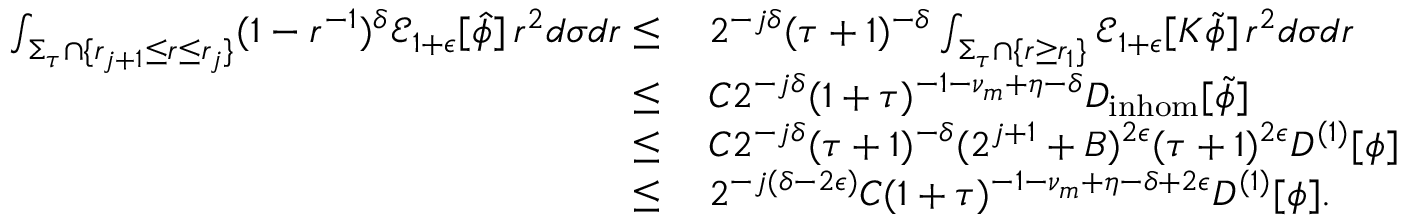
\begin{array} { r l } { \int _ { \Sigma _ { \tau } \cap \{ r _ { j + 1 } \leq r \leq r _ { j } \} } ( 1 - r ^ { - 1 } ) ^ { \delta } \mathcal { E } _ { 1 + \epsilon } [ \widehat { \phi } ] \, r ^ { 2 } d \sigma d r \leq } & { \: 2 ^ { - j \delta } ( \tau + 1 ) ^ { - \delta } \int _ { \Sigma _ { \tau } \cap \{ r \geq r _ { 1 } \} } \mathcal { E } _ { 1 + \epsilon } [ K \widetilde { \phi } ] \, r ^ { 2 } d \sigma d r } \\ { \leq } & { \: C 2 ^ { - j \delta } ( 1 + \tau ) ^ { - 1 - \nu _ { m } + \eta - \delta } D _ { \mathrm { i n h o m } } [ \widetilde { \phi } ] } \\ { \leq } & { \: C 2 ^ { - j \delta } ( \tau + 1 ) ^ { - \delta } ( 2 ^ { j + 1 } + B ) ^ { 2 \epsilon } ( \tau + 1 ) ^ { 2 \epsilon } D ^ { ( 1 ) } [ \phi ] } \\ { \leq } & { \: 2 ^ { - j ( \delta - 2 \epsilon ) } C ( 1 + \tau ) ^ { - 1 - \nu _ { m } + \eta - \delta + 2 \epsilon } D ^ { ( 1 ) } [ \phi ] . } \end{array}